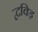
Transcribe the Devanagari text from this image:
द्वविड़